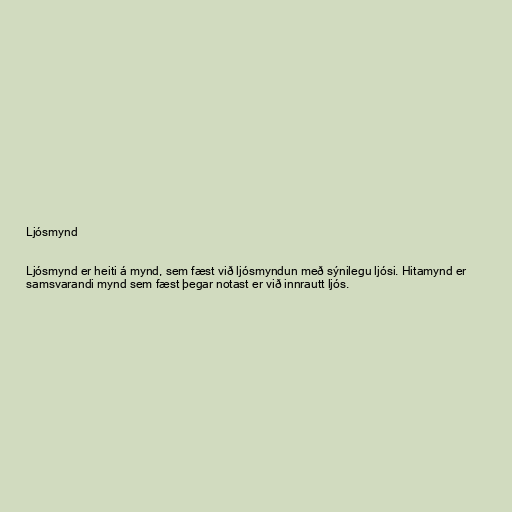
Ljósmynd

Ljósmynd er heiti á mynd, sem fæst við ljósmyndun með sýnilegu ljósi. Hitamynd er
samsvarandi mynd sem fæst þegar notast er við innrautt ljós.